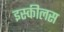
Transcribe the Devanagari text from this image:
इस्कीलस